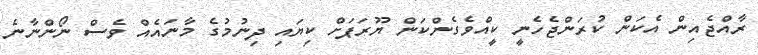
ރާއްޖެއިން އެކަން ކުރަންޖެހެނީ ކީއްވެގެންކަން ޔޫރަޕަށް ކިޔައި ދިނުމުގެ މާނައެއް ވެސް ނޯންނާނެ